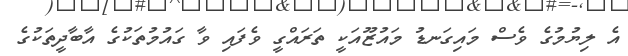
އެ ލިޔުމުގެ ވެސް މައިގަނޑު މައުޒޫއަކީ ތަރައްގީ ވެފައި ވާ ގައުމުތަކުގެ އާބާދީތަކުގެ